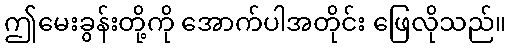
ဤမေးခွန်းတို့ကို အောက်ပါအတိုင်း ဖြေလိုသည်။